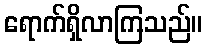
ရောက်ရှိလာကြသည်။